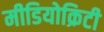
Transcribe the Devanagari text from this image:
मीडियोक्रिटी